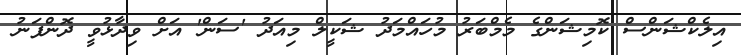
އިލެކްޝަންސް ކޮމިޝަންގެ މެމްބަރު މުހައްމަދު ޝަކީލް މިއަދު 'ސަން' އަށް ވިދާޅުވީ ދޮންފަނު